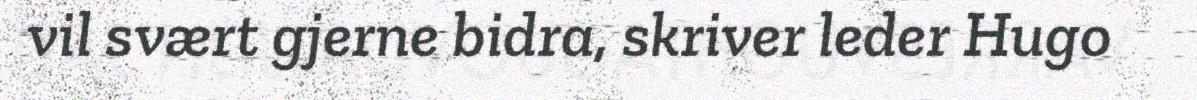
vil svært gjerne bidra, skriver leder Hugo